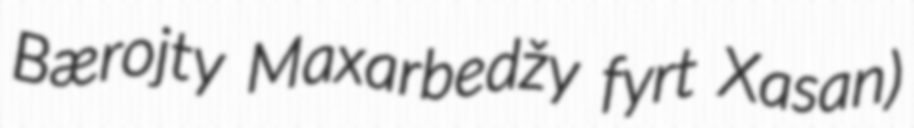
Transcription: Bærojty Maxarbedžy fyrt Xasan)